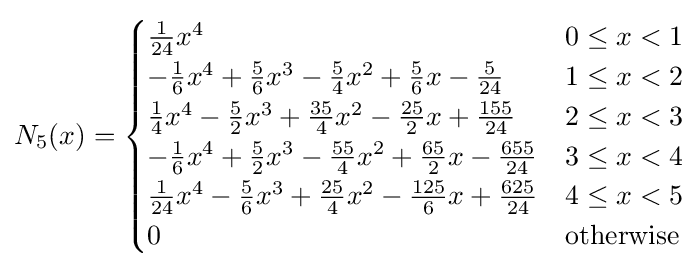
N_{5}(x)={\begin{cases}{\frac {1}{24}}x^{4}&0\leq x<1\\-{\frac {1}{6}}x^{4}+{\frac {5}{6}}x^{3}-{\frac {5}{4}}x^{2}+{\frac {5}{6}}x-{\frac {5}{24}}&1\leq x<2\\{\frac {1}{4}}x^{4}-{\frac {5}{2}}x^{3}+{\frac {35}{4}}x^{2}-{\frac {25}{2}}x+{\frac {155}{24}}&2\leq x<3\\-{\frac {1}{6}}x^{4}+{\frac {5}{2}}x^{3}-{\frac {55}{4}}x^{2}+{\frac {65}{2}}x-{\frac {655}{24}}&3\leq x<4\\{\frac {1}{24}}x^{4}-{\frac {5}{6}}x^{3}+{\frac {25}{4}}x^{2}-{\frac {125}{6}}x+{\frac {625}{24}}&4\leq x<5\\0&{\text{otherwise}}\end{cases}}